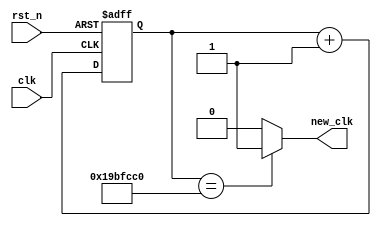
module clk_div3(new_clk, clk, rst_n);
	output new_clk;
	input clk, rst_n;
	reg [31:0] num;
	always @(posedge clk or negedge rst_n) begin
		if (!rst_n) num <= 0;
		else num <= num+1;
	end
	assign new_clk = (num==25'b1100110111111110011000000)?1:0 ;
endmodule